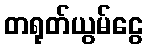
တရုတ်ယွမ်ငွေ